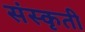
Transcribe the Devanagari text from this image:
संस्कृती